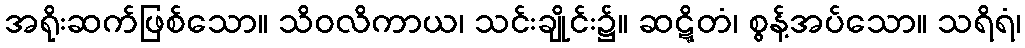
အရိုးဆက်ဖြစ်သော။ သိဝလိကာယ၊ သင်းချိုင်း၌။ ဆဋ္ဋိတံ၊ စွန့်အပ်သော။ သရိရံ၊